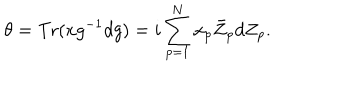
LaTeX: \theta = \mathrm { T r } ( x g ^ { - 1 } d g ) = i \sum _ { p = 1 } ^ { N } x _ { p } \bar { Z } _ { p } d Z _ { p } .